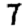
Digit: 7